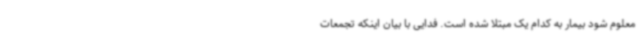
معلوم شود بیمار به کدام یک مبتلا شده است. فدایی با بیان اینکه تجمعات